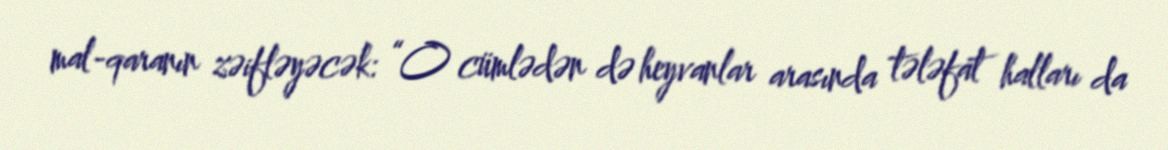
mal-qaranın zəifləyəcək: “O cümlədən də heyvanlar arasında tələfat halları da